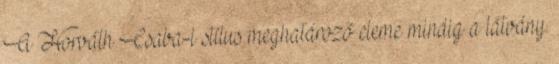
A Horváth Csaba-i stílus meghatározó eleme mindig a látvány.